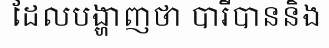
ដែលបង្ហាញថា បារីបាននិង